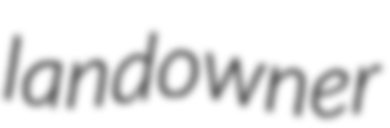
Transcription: landowner